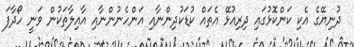
ދުނިޔޭގެ އެކި ކަންކޮޅުގައި ދިރިއުޅޭ އެތައް ކުޑަކުދިންނާއި އަންހެނުންނާއި އާއިލާތަކުން ވަނީ ހޯދާފަ